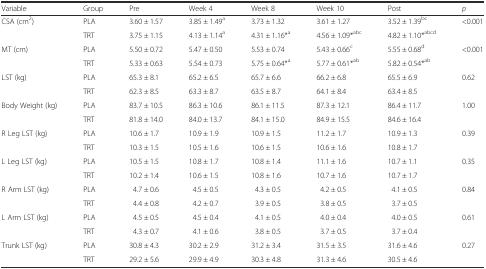
<table><thead><tr><td><b>Variable</b></td><td><b>Group</b></td><td><b>Pre</b></td><td><b>Week 4</b></td><td><b>Week 8</b></td><td><b>Week 10</b></td><td><b>Post</b></td><td><b><i>p</i></b></td></tr></thead><tbody><tr><td rowspan="2">CSA (cm<sup>2</sup>)</td><td>PLA</td><td>3.60 ± 1.57</td><td>3.85 ± 1.49<sup>a</sup></td><td>3.73 ± 1.32</td><td>3.61 ± 1.27</td><td>3.52 ± 1.39<sup>bc</sup></td><td rowspan="2">&lt;0.001</td></tr><tr><td>TRT</td><td>3.75 ± 1.15</td><td>4.13 ± 1.14<sup>a</sup></td><td>4.31 ± 1.16*<sup>a</sup></td><td>4.56 ± 1.09*<sup>abc</sup></td><td>4.82 ± 1.10*<sup>abcd</sup></td></tr><tr><td rowspan="2">MT (cm)</td><td>PLA</td><td>5.50 ± 0.72</td><td>5.47 ± 0.50</td><td>5.53 ± 0.74</td><td>5.43 ± 0.66<sup>c</sup></td><td>5.55 ± 0.68<sup>d</sup></td><td rowspan="2">&lt;0.001</td></tr><tr><td>TRT</td><td>5.33 ± 0.63</td><td>5.54 ± 0.73</td><td>5.75 ± 0.64*<sup>a</sup></td><td>5.77 ± 0.61*<sup>ab</sup></td><td>5.82 ± 0.54*<sup>ab</sup></td></tr><tr><td rowspan="2">LST (kg)</td><td>PLA</td><td>65.3 ± 8.1</td><td>65.2 ± 6.5</td><td>65.7 ± 6.6</td><td>66.2 ± 6.8</td><td>65.5 ± 6.9</td><td rowspan="2">0.62</td></tr><tr><td>TRT</td><td>62.3 ± 8.5</td><td>63.3 ± 8.7</td><td>63.5 ± 8.7</td><td>64.1 ± 8.4</td><td>63.4 ± 8.5</td></tr><tr><td rowspan="2">Body Weight (kg)</td><td>PLA</td><td>83.7 ± 10.5</td><td>86.3 ± 10.6</td><td>86.1 ± 11.5</td><td>87.3 ± 12.1</td><td>86.4 ± 11.7</td><td rowspan="2">1.00</td></tr><tr><td>TRT</td><td>81.8 ± 14.0</td><td>84.0 ± 13.7</td><td>84.1 ± 15.0</td><td>84.9 ± 15.5</td><td>84.6 ± 16.4</td></tr><tr><td rowspan="2">R Leg LST (kg)</td><td>PLA</td><td>10.6 ± 1.7</td><td>10.9 ± 1.9</td><td>10.9 ± 1.5</td><td>11.2 ± 1.7</td><td>10.9 ± 1.3</td><td rowspan="2">0.39</td></tr><tr><td>TRT</td><td>10.3 ± 1.5</td><td>10.5 ± 1.6</td><td>10.6 ± 1.5</td><td>10.6 ± 1.6</td><td>10.8 ± 1.7</td></tr><tr><td rowspan="2">L Leg LST (kg)</td><td>PLA</td><td>10.5 ± 1.5</td><td>10.8 ± 1.7</td><td>10.8 ± 1.4</td><td>11.1 ± 1.6</td><td>10.7 ± 1.1</td><td rowspan="2">0.35</td></tr><tr><td>TRT</td><td>10.2 ± 1.4</td><td>10.6 ± 1.5</td><td>10.8 ± 1.6</td><td>10.7 ± 1.6</td><td>10.7 ± 1.7</td></tr><tr><td rowspan="2">R Arm LST (kg)</td><td>PLA</td><td>4.7 ± 0.6</td><td>4.5 ± 0.5</td><td>4.3 ± 0.5</td><td>4.2 ± 0.5</td><td>4.1 ± 0.5</td><td rowspan="2">0.84</td></tr><tr><td>TRT</td><td>4.4 ± 0.8</td><td>4.2 ± 0.7</td><td>3.9 ± 0.5</td><td>3.8 ± 0.5</td><td>3.7 ± 0.5</td></tr><tr><td rowspan="2">L Arm LST (kg)</td><td>PLA</td><td>4.5 ± 0.5</td><td>4.5 ± 0.4</td><td>4.1 ± 0.5</td><td>4.0 ± 0.4</td><td>4.0 ± 0.5</td><td rowspan="2">0.61</td></tr><tr><td>TRT</td><td>4.3 ± 0.7</td><td>4.1 ± 0.6</td><td>3.8 ± 0.5</td><td>3.7 ± 0.5</td><td>3.7 ± 0.4</td></tr><tr><td rowspan="2">Trunk LST (kg)</td><td>PLA</td><td>30.8 ± 4.3</td><td>30.2 ± 2.9</td><td>31.2 ± 3.4</td><td>31.5 ± 3.5</td><td>31.6 ± 4.6</td><td rowspan="2">0.27</td></tr><tr><td>TRT</td><td>29.2 ± 5.6</td><td>29.9 ± 4.9</td><td>30.3 ± 4.8</td><td>31.3 ± 4.6</td><td>30.5 ± 4.6</td></tr></tbody></table>